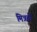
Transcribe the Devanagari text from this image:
मिन्नतों